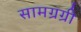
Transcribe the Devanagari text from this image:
सामग्रग्री